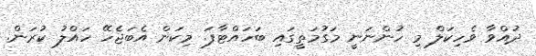
ދުއްވާ ވެހިކަލް މި ހުންނަނީ މަގުމަތީގައި ބަހައްޓާފަ. މިކަން އެބަޖެހޭ ހައްލު ކުރަން.